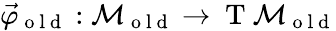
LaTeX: \vec{\varphi}_{\mathrm{~o~l~d~}}:\mathcal{M}_{\mathrm{~o~l~d~}}\to\mathrm{~T~}\mathcal{M}_{\mathrm{~o~l~d~}}